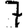
Digit: 7